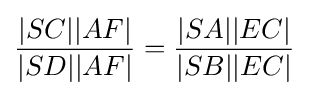
{\frac {|SC||AF|}{|SD||AF|}}={\frac {|SA||EC|}{|SB||EC|}}